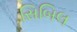
સિબિલ